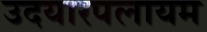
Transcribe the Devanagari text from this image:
उदयारपलायम